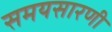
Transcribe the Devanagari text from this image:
समयसारणी